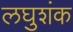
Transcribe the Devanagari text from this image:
लघुशंक